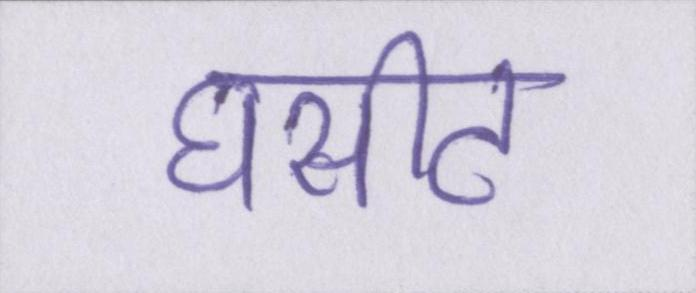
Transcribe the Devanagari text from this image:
घसीट